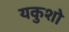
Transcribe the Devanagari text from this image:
यकुशो